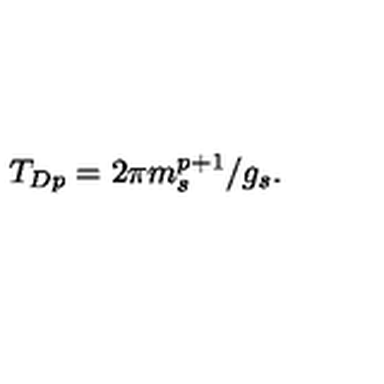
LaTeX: T _ { D p } = 2 \pi { m _ { s } ^ { p + 1 } } / { g _ { s } } .